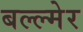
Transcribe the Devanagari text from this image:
बल्ल्मेर